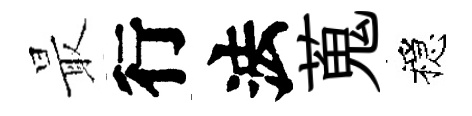
最行法蒐穩